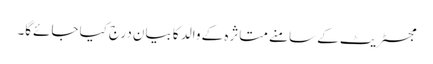
مجسٹریٹ کے سامنے متاثرہ کے والد کا بیان درج کیا جائے‌گا۔